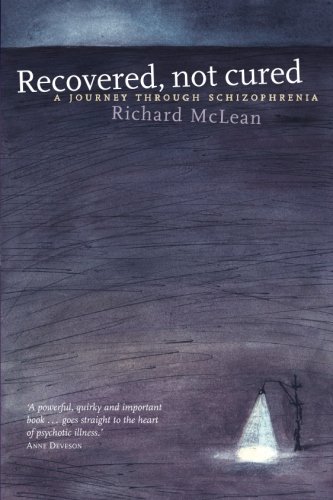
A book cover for Recovered, Not Cured: A Journey Through Schizophrenia; Richard McLean; Health, Fitness & Dieting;